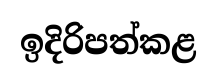
ඉදිරිපත්කළ